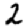
Digit: 2